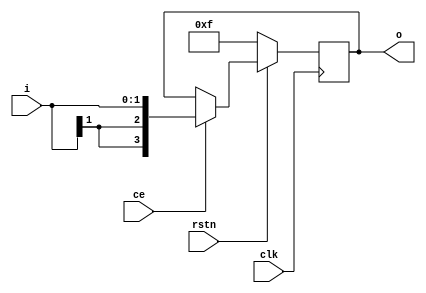
module opt_dffmuxext_signed_rst_init(input clk, ce, rstn, input signed [1:0] i, output reg signed [3:0] o);
    initial o <= 4'b0010;
    always @(posedge clk) begin
        if (ce) o <= i;
        if (!rstn) o <= 4'b1111;
    end
endmodule